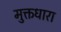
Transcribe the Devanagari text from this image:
मुक्तधारा